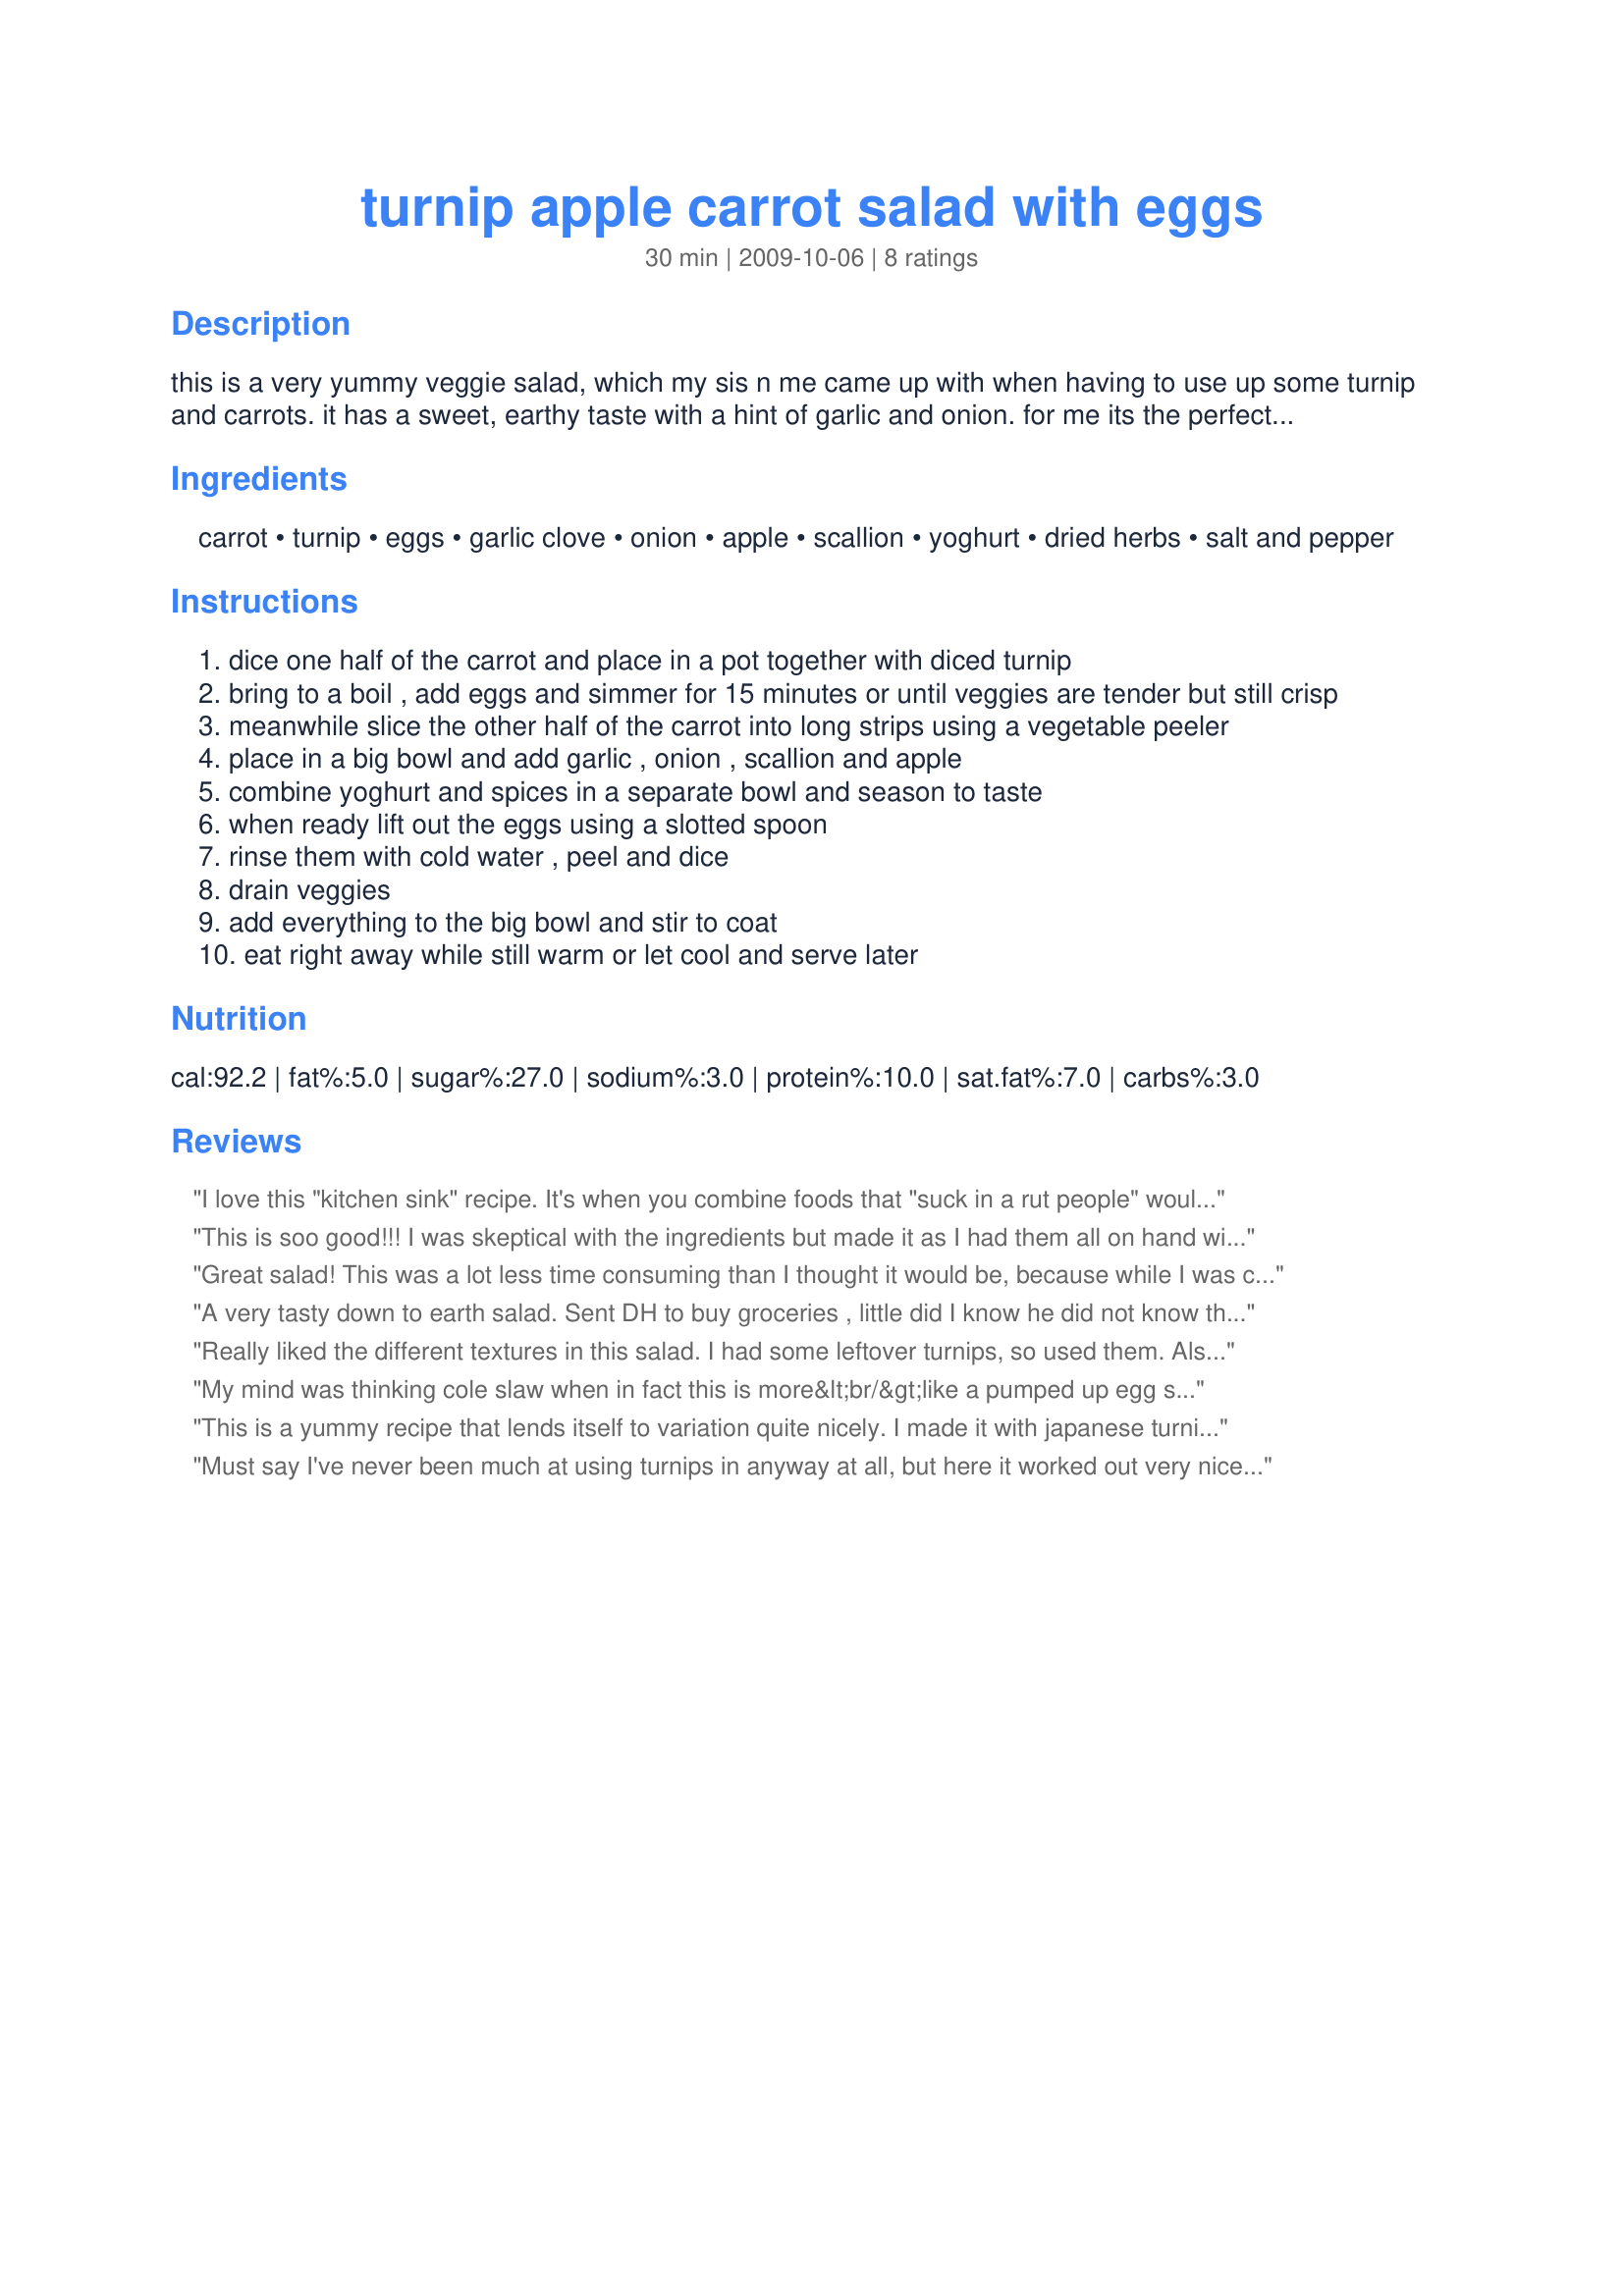
turnip apple carrot salad with eggs
Preparation time: 30 minutes

this is a very yummy veggie salad, which my sis n me came up with when having to use up some turnip and carrots. it has a sweet, earthy taste with a hint of garlic and onion. for me its the perfect autumn salad! :) i hope youll enjoy it, too!

Ingredients:
carrot, turnip, eggs, garlic clove, onion, apple, scallion, yoghurt, dried herbs, salt and pepper

Steps:
dice one half of the carrot and place in a pot together with diced turnip
bring to a boil , add eggs and simmer for 15 minutes or until veggies are tender but still crisp
meanwhile slice the other half of the carrot into long strips using a vegetable peeler
place in a big bowl and add garlic , onion , scallion and apple
combine yoghurt and spices in a separate bowl and season to taste
when ready lift out the eggs using a slotted spoon
rinse them with cold water , peel and dice
drain veggies
add everything to the big bowl and stir to coat
eat right away while still warm or let cool and serve later

Reviews:
I love this "kitchen sink" recipe. It's when you combine foods that "suck in a rut people" wouldn't think of. This is DELICIOUS.

Thanks for sharing Lalaloula.
This is soo good!!! I was skeptical with the ingredients but made it as I had them all on hand with some large rutabaga that needed to be used up. I used 2 previously hard boiled eggs, sweet onion for the small onion, Mackintosh apple, Balkan (thick) yogurt, sea salt, freshly ground black pepper plus all the rest mentioned except dried sage. I would amazingly make this again the same way!
Great salad! This was a lot less time consuming than I thought it would be, because while I was cooking the eggs and part of the vegetables, I was preparing the rest. The yoghurt mix was delightful, and if you mix the yoghurt with the rest of the salad, it becomes really creamy, as if you put mayonnaise in there!
A very tasty down to earth salad. Sent DH to buy groceries , little did I know he did not know the difference between a turnip and a parsnip. Oh well, made using the parsnip and it was good. Enjoyed the hint of sweetness from the apple (used a winesap which is not a real sweet apple). We also thought it was best eaten warm, with just two of us we had left over thus trying it both warm and cold. Thanks so much for the post.
Really liked the different textures in this salad. I had some leftover turnips, so used them. Also, don't really think that dried chives have any flavor, so used fresh. Made for Every Day Holiday Cup '09. :)
My mind was thinking cole slaw when in fact this is more&lt;br/&gt;like a pumped up egg salad. I used raw carrots and raw baby&lt;br/&gt;turnips. Fresh herb added was cilantro. Juice of half a lemon&lt;br/&gt;made the ingredients &quot;pop&quot;.A little bit of red onion was&lt;br/&gt;thrown in, too. Garnish of fresh chives from the garden. Made for Veg Tag/June.
This is a yummy recipe that lends itself to variation quite nicely. I made it with japanese turnips and a gala apple. I wish I had used granny smith--that would have really taken the cake. I enjoyed it on a wrap with sliced yellow peppers and spicy greens, and DH put his on butter crackers. I think next time I might try leaving the turnips raw (assuming I have young tender turnips again) and might throw in some celery for more crunch. Also a hit of vinegar might be nice...see what I mean about a great recipe for variation?!? OH, and I chose to use dill for the herbs as I had made this with dilled cucumbers and it was just perfect. Thanks, Loula! Made for Veg Swap 35.
Must say I've never been much at using turnips in anyway at all, but here it worked out very nicely, especially in combination with the carrot, apple & eggs flavors! Many thanks for this nice new way to put together a salad! [Made & reviewed in Every Day Is a Holiday tag]
